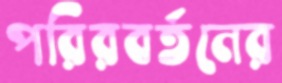
পরিরবর্তনের